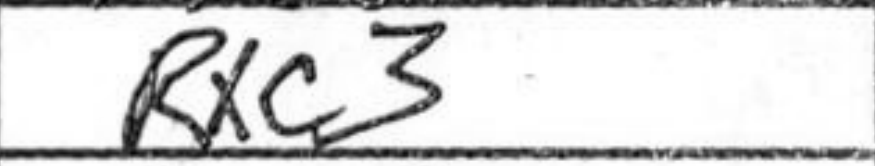
Transcription: Rxc3